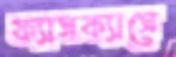
ফ্যাসফ্যাসে